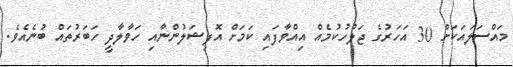
މައްސަލައަކަށް 30 އަހަރުގެ ޖަލުހުކުމެއް އިއްވާފައި ކަމަށް އޮފިޝަލުންނާއި ހަވާލާދީ ހަބަރުތައް ބުނެއެވެ.